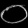
Digit: ၀